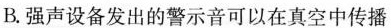
B.强声设备发出的警示音可以在真空中传播